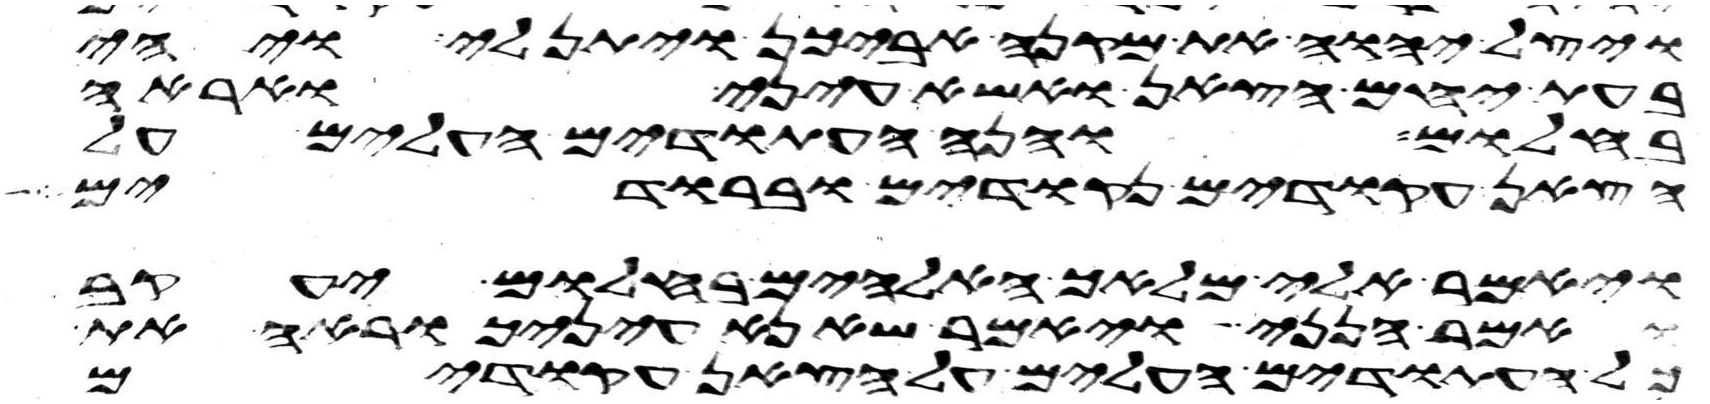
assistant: ויצל יהוה את מקנה אביכן ויתן לי ויהי
בעת יחם הצאן ואשא עיני ואראה
בחלום והנה העתודים העלים על
הצאן עקודים נקודים וברודים
ויאמר אלי מלאך האלהים בחלום יעקב
ואמר הנני ויאמר שא נא עיניך וראה את
כל העתודים העלים על הצאן עקודים